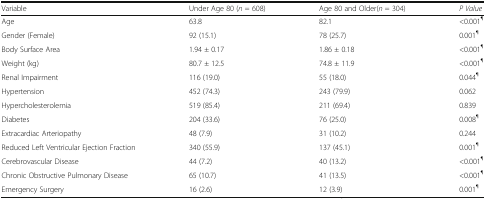
<table><thead><tr><td><b>Variable</b></td><td><b>Under Age 80 (<i>n</i> = 608)</b></td><td><b>Age 80 and Older(<i>n</i> = 304)</b></td><td><b><i>P Value</i></b></td></tr></thead><tbody><tr><td>Age</td><td>63.8</td><td>82.1</td><td>&lt;0.001<sup>¶</sup></td></tr><tr><td>Gender (Female)</td><td>92 (15.1)</td><td>78 (25.7)</td><td>0.001<sup>¶</sup></td></tr><tr><td>Body Surface Area</td><td>1.94 ± 0.17</td><td>1.86 ± 0.18</td><td>&lt;0.001<sup>¶</sup></td></tr><tr><td>Weight (kg)</td><td>80.7 ± 12.5</td><td>74.8 ± 11.9</td><td>&lt;0.001<sup>¶</sup></td></tr><tr><td>Renal Impairment</td><td>116 (19.0)</td><td>55 (18.0)</td><td>0.044<sup>¶</sup></td></tr><tr><td>Hypertension</td><td>452 (74.3)</td><td>243 (79.9)</td><td>0.062</td></tr><tr><td>Hypercholesterolemia</td><td>519 (85.4)</td><td>211 (69.4)</td><td>0.839</td></tr><tr><td>Diabetes</td><td>204 (33.6)</td><td>76 (25.0)</td><td>0.008<sup>¶</sup></td></tr><tr><td>Extracardiac Arteriopathy</td><td>48 (7.9)</td><td>31 (10.2)</td><td>0.244</td></tr><tr><td>Reduced Left Ventricular Ejection Fraction</td><td>340 (55.9)</td><td>137 (45.1)</td><td>0.001<sup>¶</sup></td></tr><tr><td>Cerebrovascular Disease</td><td>44 (7.2)</td><td>40 (13.2)</td><td>&lt;0.001<sup>¶</sup></td></tr><tr><td>Chronic Obstructive Pulmonary Disease</td><td>65 (10.7)</td><td>41 (13.5)</td><td>&lt;0.001<sup>¶</sup></td></tr><tr><td>Emergency Surgery</td><td>16 (2.6)</td><td>12 (3.9)</td><td>0.001<sup>¶</sup></td></tr></tbody></table>